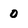
Character: o